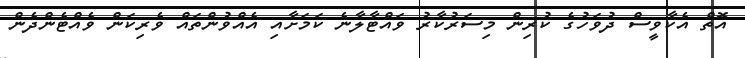
އޮތް އެކާވީސް ދުވަހުގެ ކުރިން މިސަރުކާރު ވައްޓާލާނެ ކަމަށާއި އެއްވުންތައް ވެރިކަން ވެއްޓެންދެން